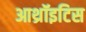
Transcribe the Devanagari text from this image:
आथ्रॉइटिस